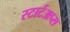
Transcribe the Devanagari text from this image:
स्टार्टअप्स